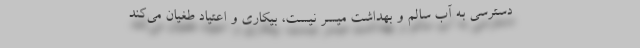
دسترسي به آب سالم و بهداشت ميسر نيست، بيكاري و اعتياد طغيان مي‌كند